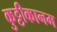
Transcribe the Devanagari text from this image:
कुट्टीकानम